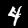
Digit: 4